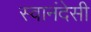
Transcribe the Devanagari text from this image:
स्वानंदेसी